system: You are a helpful assistant.
user:
Analyze the provided spectrum to determine if it is a **M-type Giant (gM)**.

A M-type Giant spectrum is defined by its **strong molecular absorption** features, particularly from **Titanium Oxide (TiO)**. You must check for one of the following mutually exclusive signatures:

- **Key Visual Indicators (Absorption-Dominated Spectrum):**

    - **(Primary):** The spectrum is dominated by strong molecular absorption from **Titanium Oxide (TiO)**. This is the **defining feature** of its M-type temperature class.
        - **(Key Bandheads):** Look for sharp, "saw-tooth" absorption valleys. The strongest are located near **~7050 Å**, **~6160 Å**, and **~5170 Å**.
        - **(Line Profile):** The "saw-tooth" morphology is critical: a **sharp, steep drop on the BLUE (short-wavelength) side** of the bandhead, followed by a gradual recovery (rising flux) towards the RED (long-wavelength) side.

    - **(Key Confirmation - Giant vs. Dwarf):** **ABSENCE** of strong **Calcium Hydride (CaH)** molecular bands. This is the primary diagnostic for *excluding* M-dwarfs.
        - **(Key Region):** The spectrum should lack the strong, broad absorption band seen in dwarfs between **~6800 Å and ~7000 Å**.

    - **(Secondary Confirmation - Giant):** A very strong and broad **Neutral Calcium (Ca I)** atomic absorption line.
        - **(Key Line):** Located at **~4226 Å**. In a giant (gM), this line is significantly deeper and broader than the same line in an M-dwarf (dM) due to low surface gravity.

    - **(Overall Spectrum):**
        - The continuum is **extremely red-sloping** (i.e., flux is very low in the blue and rises dramatically towards the red).
        - The entire spectrum appears "chopped up" by the deep TiO bands.

Think first, call **spectral_visualization_tool** if needed to examine features in detail, then provide your final answer. Your response must adhere to the following strict rules:
1.  **Overall Structure:** Your response must follow the format `<think>...</think> <tool_call>...</tool_call> (if a tool is used) <answer>...</answer>`.
2.  **Tool Usage Constraint:** You may only make **one** tool call per turn.
3.  **Final Answer Format:** In the `<answer>` tag, your conclusion must be inside a `\boxed{}` command (e.g., `\boxed{YES}` or `\boxed{NO}`), followed by your justification.

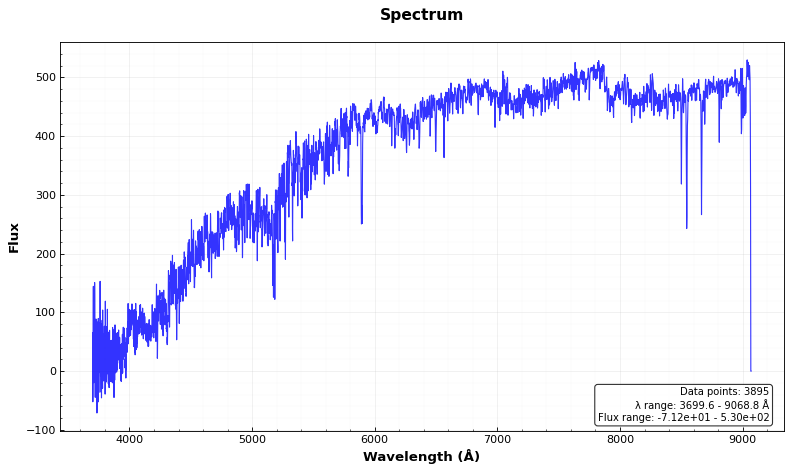
Answer: NO